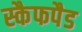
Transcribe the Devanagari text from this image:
स्कैफपैड